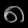
Digit: ၈